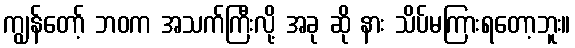
ကျွန်တော့် ဘဝက အသက်ကြီးလို့ အခု ဆို နား သိပ်မကြားရတော့ဘူး။